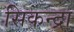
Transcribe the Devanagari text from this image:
सिकन्द्रा